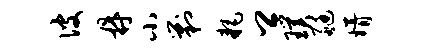
彼鼎小剿耗卿璞艇婿